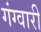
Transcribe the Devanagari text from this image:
गंग्वारी